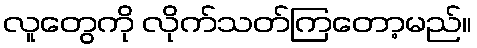
လူတွေကို လိုက်သတ်ကြတော့မည်။